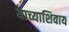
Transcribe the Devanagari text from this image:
याच्याशिवाय